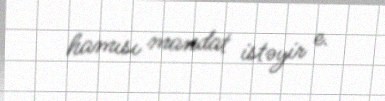
hamısı mandat istəyir e.